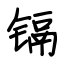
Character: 镉